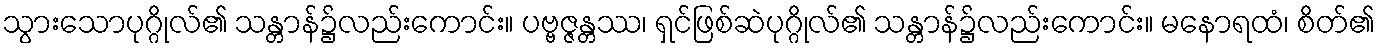
သွားသောပုဂ္ဂိုလ်၏ သန္တာန်၌လည်းကောင်း။ ပဗ္ဗဇ္ဇန္တဿ၊ ရှင်ဖြစ်ဆဲပုဂ္ဂိုလ်၏ သန္တာန်၌လည်းကောင်း။ မနောရထံ၊ စိတ်၏